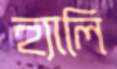
হ্যালি